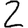
Digit: 2